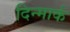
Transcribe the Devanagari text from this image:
दिन्मार्क